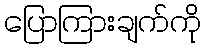
ပြောကြားချက်ကို